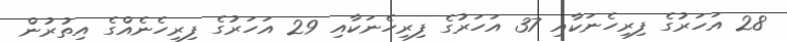
28 އަހަރުގެ ފިރިހެނަކާއި 37 އަހަރުގެ ފިރިހެނަކާއި 29 އަހަރުގެ ފިރިހެނެއްގެ އިތުރުން